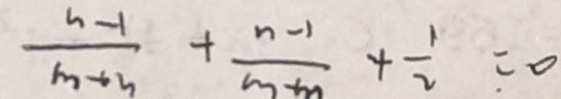
\frac { n - 1 } { n + 3 } + \frac { n - 1 } { m + m } + \frac { 1 } { 2 } = 0